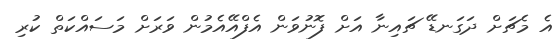
އެ މެޗަށް ދަގަނޑޭ ޗައިނާ އަށް ފޮނުވަން އެފްއޭއެމުން ވަރަށް މަސައްކަތް ކުރި